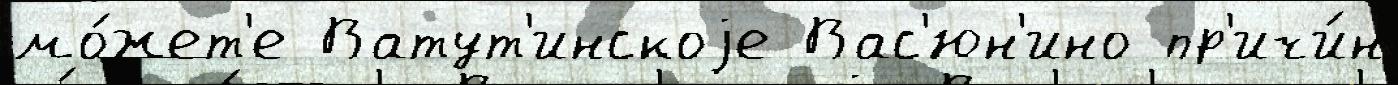
мо́жет'е Ватут'инскоjе Вас'юн'ино пр'ичи́н